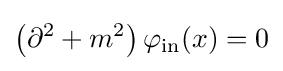
\left(\partial ^{2}+m^{2}\right)\varphi _{\mathrm {in} }(x)=0